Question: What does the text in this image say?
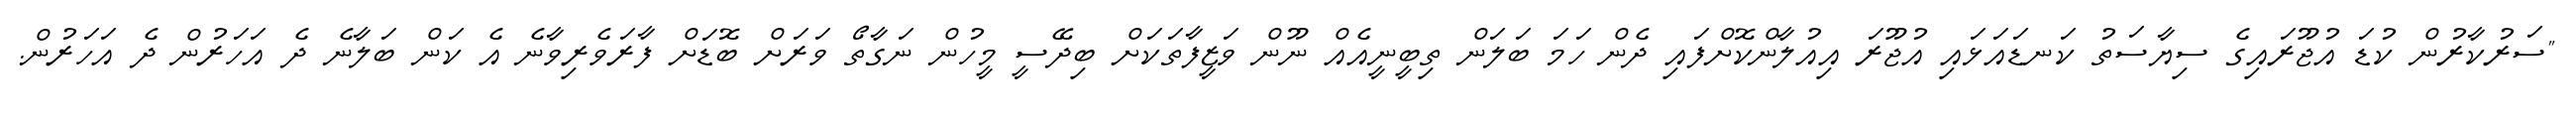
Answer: "ސަރުކާރުން ކުޑަ އުޖޫރައިގެ ސިޔާސަތު ކަނޑައަޅައި އުޖޫރަ އިއުލާންކޮށްފައި ދެން ހަމަ ބަލަން ތިބީނީއެއް ނޫން ވަޒީފާތަކަށް ބިދޭސީ މީހުން ނަގާތޯ ވަރަށް ބޮޑަށް ފާރަވެރިވާނެ އެ ކަން ބަލާނެ ދެ އަހަރުން ދެ އަހަރުން.